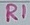
Text: R1